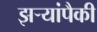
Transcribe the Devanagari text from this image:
झऱ्यांपैकी